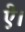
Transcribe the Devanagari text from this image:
ऐ।